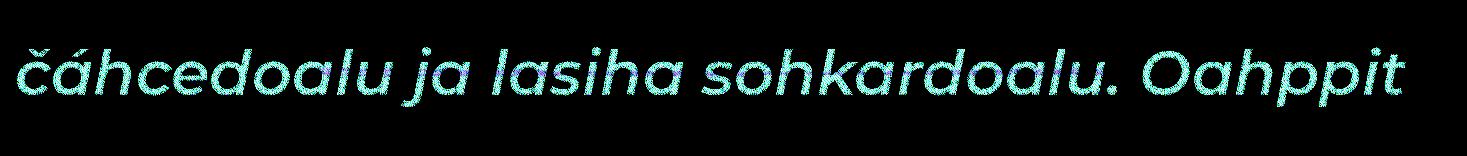
čáhcedoalu ja lasiha sohkardoalu. Oahppit